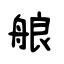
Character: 艆